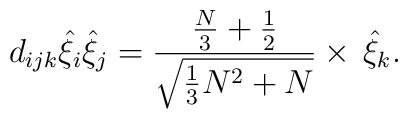
d_{ijk}\hat{\xi}_i\hat{\xi}_j=\frac{\frac{N}{3}+\frac{1}{2}}{\sqrt{\frac{1}{3}N^2+N}}\times\,\hat{\xi}_k.